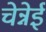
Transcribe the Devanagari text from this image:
चेन्नेई